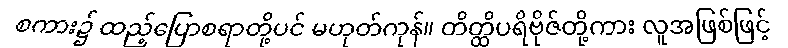
စကား၌ ထည့်ပြောစရာတို့ပင် မဟုတ်ကုန်။ တိတ္ထိပရိဗိုဇ်တို့ကား လူအဖြစ်ဖြင့်